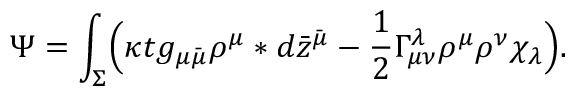
\Psi = \int _ { \Sigma } \Bigl ( \kappa t g _ { \mu \bar { \mu } } \rho ^ { \mu } * d \bar { z } ^ { \bar { \mu } } - \frac { 1 } { 2 } \Gamma _ { \mu \nu } ^ { \lambda } \rho ^ { \mu } \rho ^ { \nu } \chi _ { \lambda } \Bigr ) .